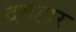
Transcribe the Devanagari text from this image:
दमहार